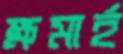
ক্ষমার্হ